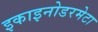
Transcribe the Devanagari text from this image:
इकाइनोडरमेटा